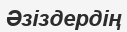
Әзіздердің